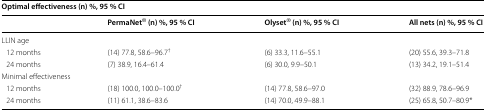
<table><thead><tr><td colspan="4"><b>Optimal effectiveness (n) %, 95 % CI</b></td></tr><tr><td></td><td><b>PermaNet<sup>®</sup> (n) %, 95 % CI</b></td><td><b>Olyset<sup>®</sup> (n) %, 95 % CI</b></td><td><b>All nets (n) %, 95 % CI</b></td></tr></thead><tbody><tr><td colspan="4">LLIN age</td></tr><tr><td> 12 months</td><td>(14) 77.8, 58.6–96.7<sup>†</sup></td><td>(6) 33.3, 11.6–55.1</td><td>(20) 55.6, 39.3–71.8</td></tr><tr><td> 24 months</td><td>(7) 38.9, 16.4–61.4</td><td>(6) 30.0, 9.9–50.1</td><td>(13) 34.2, 19.1–51.4</td></tr><tr><td colspan="4">Minimal effectiveness</td></tr><tr><td> 12 months</td><td>(18) 100.0, 100.0–100.0<sup>†</sup></td><td>(14) 77.8, 58.6–97.0</td><td>(32) 88.9, 78.6–96.9</td></tr><tr><td> 24 months</td><td>(11) 61.1, 38.6–83.6</td><td>(14) 70.0, 49.9–88.1</td><td>(25) 65.8, 50.7–80.9*</td></tr></tbody></table>